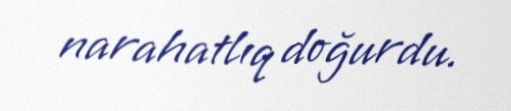
narahatlıq doğurdu.